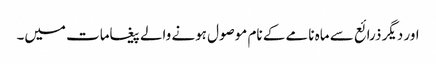
اور دیگر ذرائع سے ماہ نامے کے نام موصول ہونے والے پیغامات میں۔